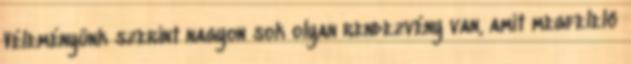
Véleményünk szerint nagyon sok olyan rendezvény van, amit megfelelő